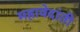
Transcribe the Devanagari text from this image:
महावेदांती